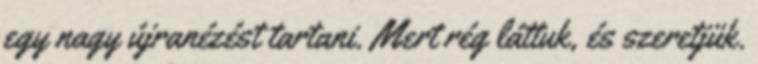
egy nagy újranézést tartani. Mert rég láttuk, és szeretjük.